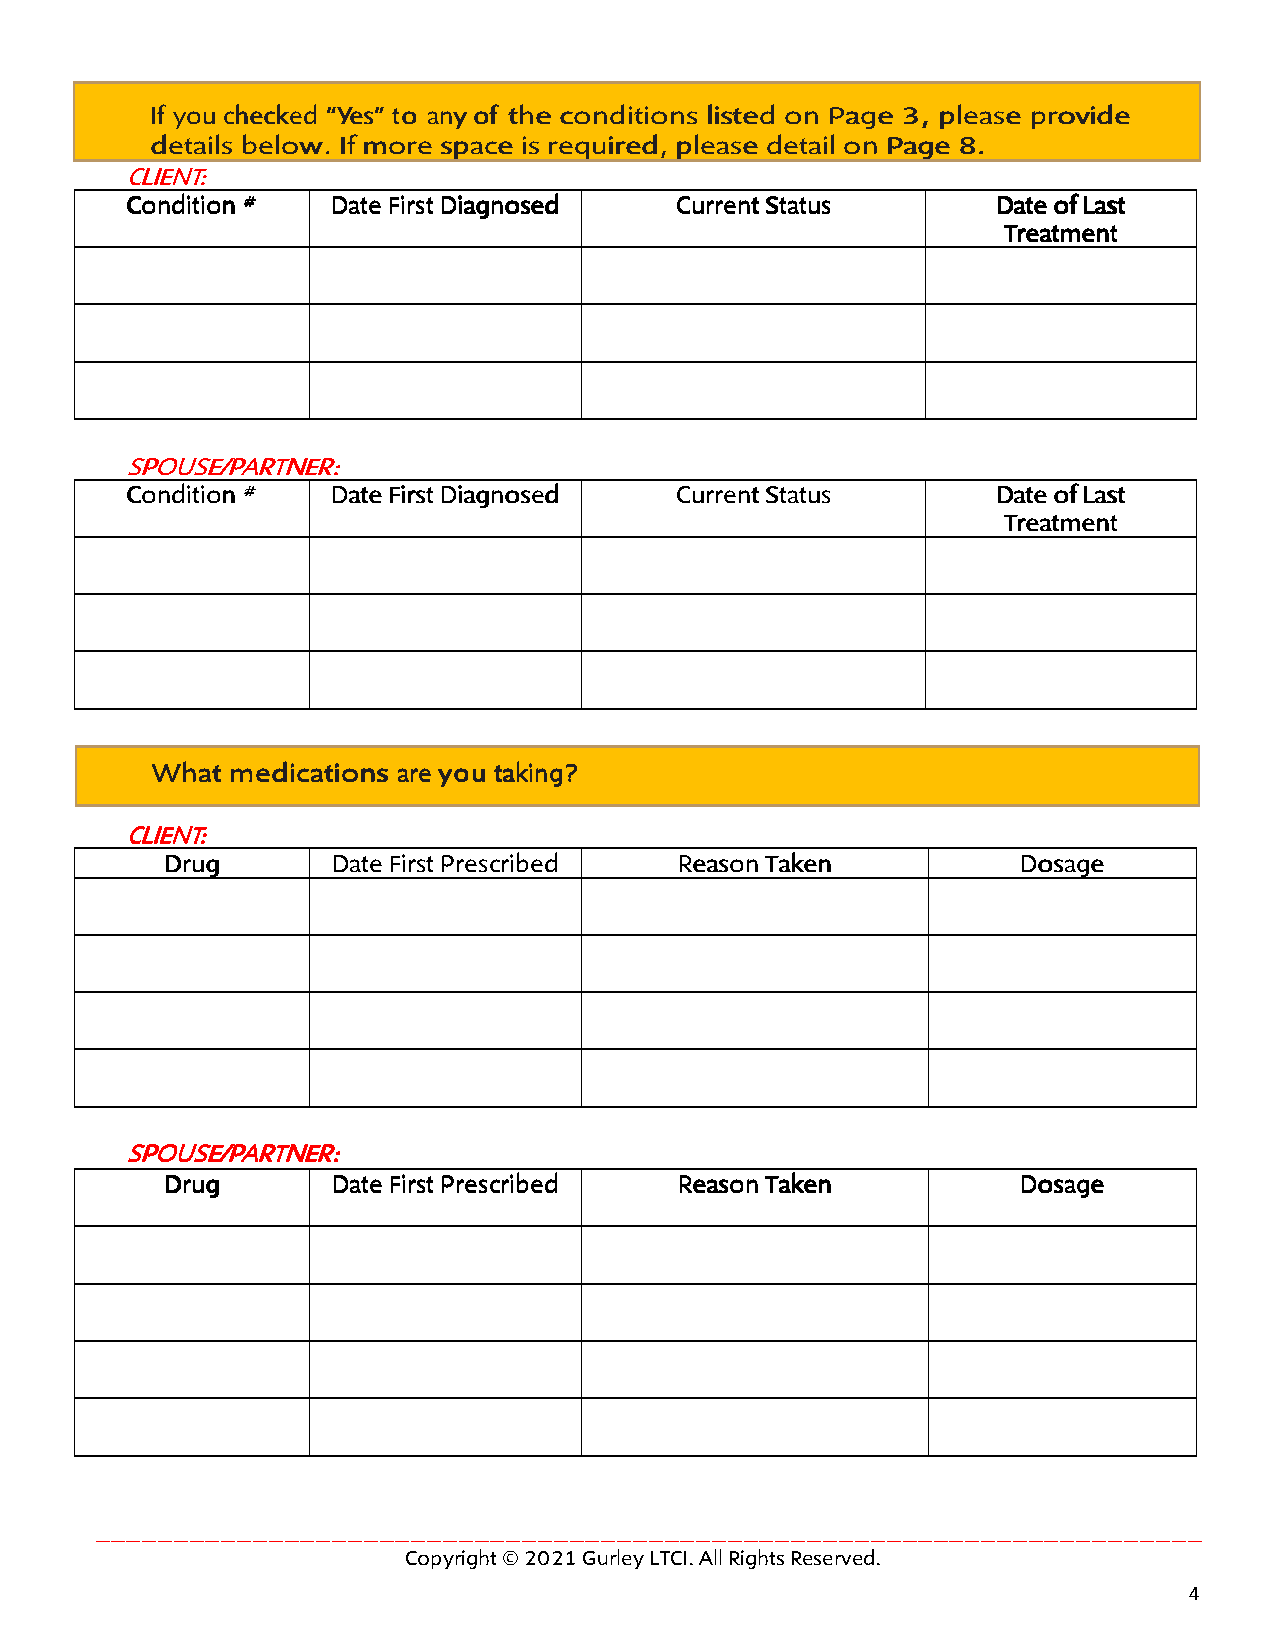
IIIIffff yyyyoooouuuu cccchhhheeeecccckkkkeeeedddd ““““YYYYeeeessss”””” ttttoooo aaaannnnyyyy ooooffff tttthhhheeee ccccoooonnnnddddiiiittttiiiioooonnnnssss lllliiiisssstttteeeedddd oooonnnn PPPPaaaaggggeeee 3333,,,, pppplllleeeeaaaasssseeee pppprrrroooovvvviiiiddddeeee
 ddddeeeettttaaaaiiiillllssss bbbbeeeelllloooowwww.... IIIIffff mmmmoooorrrreeee ssssppppaaaacccceeee iiiissss rrrreeeeqqqquuuuiiiirrrreeeedddd,,,, pppplllleeeeaaaasssseeee ddddeeeettttaaaaiiiillll oooonnnn PPPPaaaaggggeeee 8888....
 CCCCLLLLIIIIEEEENNNNTTTT::::
 CCCCoooonnnnddddiiiittttiiiioooonnnn #### DDDDaaaatttteeee FFFFiiiirrrrsssstttt DDDDiiiiaaaaggggnnnnoooosssseeeedddd CCCCuuuurrrrrrrreeeennnntttt SSSSttttaaaattttuuuussss DDDDaaaatttteeee ooooffff LLLLaaaasssstttt
 TTTTrrrreeeeaaaattttmmmmeeeennnntttt
 SSSSPPPPOOOOUUUUSSSSEEEE////PPPPAAAARRRRTTTTNNNNEEEERRRR::::
 CCCCoooonnnnddddiiiittttiiiioooonnnn #### DDDDaaaatttteeee FFFFiiiirrrrsssstttt DDDDiiiiaaaaggggnnnnoooosssseeeedddd CCCCuuuurrrrrrrreeeennnntttt SSSSttttaaaattttuuuussss DDDDaaaatttteeee ooooffff LLLLaaaasssstttt
 TTTTrrrreeeeaaaattttmmmmeeeennnntttt
 WWWWhhhhaaaatttt mmmmeeeeddddiiiiccccaaaattttiiiioooonnnnssss aaaarrrreeee yyyyoooouuuu ttttaaaakkkkiiiinnnngggg????
 CCCCLLLLIIIIEEEENNNNTTTT::::
 DDDDrrrruuuugggg DDDDaaaatttteeee FFFFiiiirrrrsssstttt PPPPrrrreeeessssccccrrrriiiibbbbeeeedddd RRRReeeeaaaassssoooonnnn TTTTaaaakkkkeeeennnn DDDDoooossssaaaaggggeeee
 SSSSPPPPOOOOUUUUSSSSEEEE////PPPPAAAARRRRTTTTNNNNEEEERRRR::::
 DDDDrrrruuuugggg DDDDaaaatttteeee FFFFiiiirrrrsssstttt PPPPrrrreeeessssccccrrrriiiibbbbeeeedddd RRRReeeeaaaassssoooonnnn TTTTaaaakkkkeeeennnn DDDDoooossssaaaaggggeeee
 ______________________________________________________________________
 Copyright © 2021 Gurley LTCI. All Rights Reserved.
 4